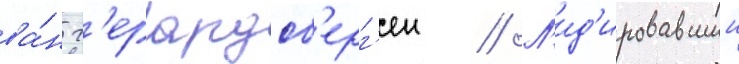
ва́н г'ерардсб'ерг'ен // Л'ид'ировавшии